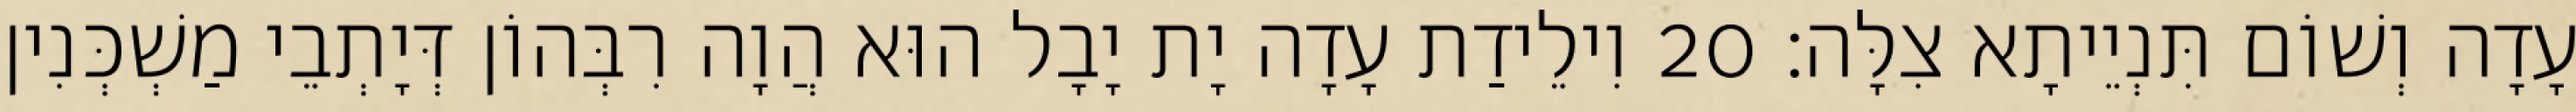
עָדָה וְשׁוֹם תִּנְיֵיתָא צִלָּה׃ 20 וִילֵידַת עָדָה יָת יָבָל הוּא הֲוָה רִבְּהוֹן דְּיָתְבֵי מַשְׁכְּנִין